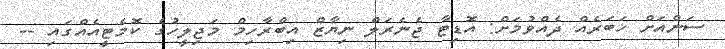
ސަންއަށް ޚަބަރެއް ދެއްވުމަށް: އޮޑިޓާ ޖެނެރަލް ނިޔާޒް އިބްރާހިމް މަޖިލީހުގެ ކޮމެޓީއެއްގައި --